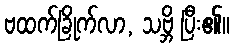
ဗထက်ခြိုက်လာ, သဗ္ဘိ ပြီး၏။